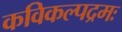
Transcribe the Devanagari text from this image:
कविकल्पद्रमः